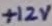
Text: +12V